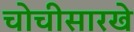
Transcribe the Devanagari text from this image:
चोचीसारखे